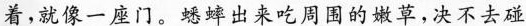
着,就像一座门。蟋蟀出来吃周围的嫩草,决不去碰